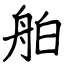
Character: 舶